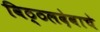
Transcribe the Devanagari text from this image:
विठ्ठलदेवाचे